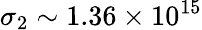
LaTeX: \sigma_{2}\sim 1.36\times 10^{15}